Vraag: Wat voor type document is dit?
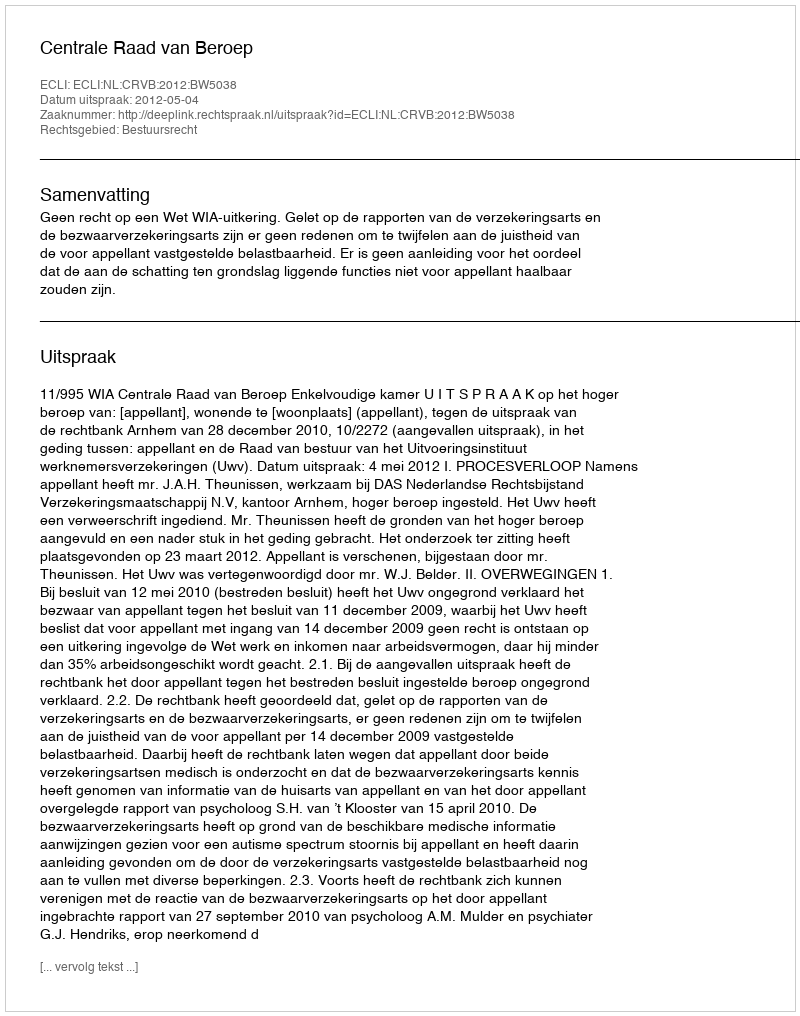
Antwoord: Uitspraak